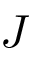
J